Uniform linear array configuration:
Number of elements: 8
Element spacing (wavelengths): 0.25
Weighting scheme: blackman
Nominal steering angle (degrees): -30
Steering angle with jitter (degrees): -31.349
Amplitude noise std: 0.05
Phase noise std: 0.05

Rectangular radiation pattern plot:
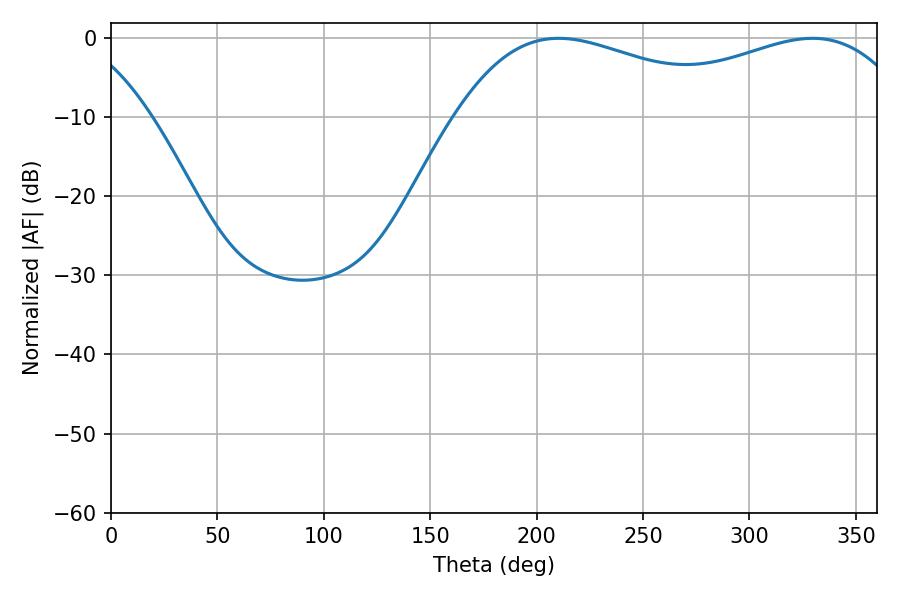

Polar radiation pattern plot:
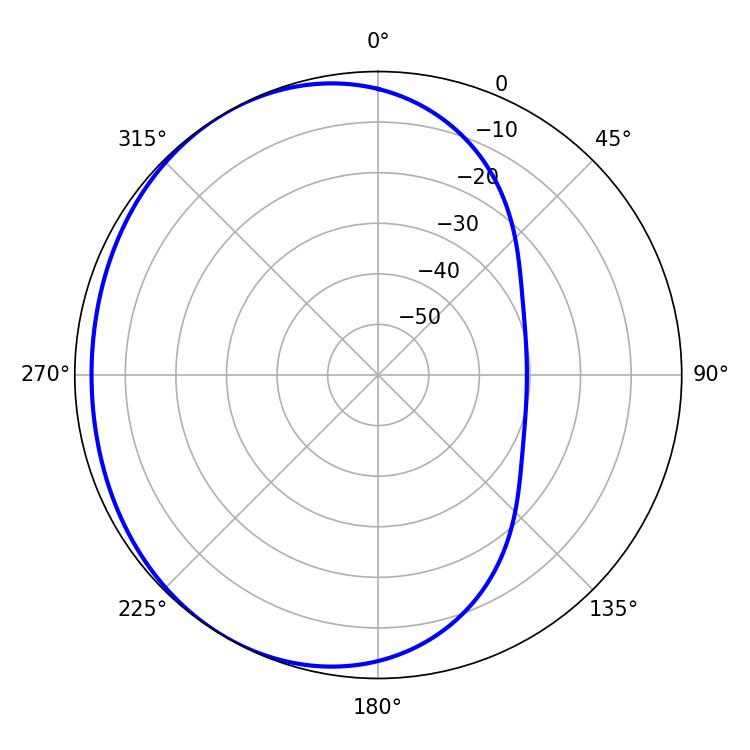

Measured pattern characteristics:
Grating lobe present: FALSE
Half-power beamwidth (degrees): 75.6
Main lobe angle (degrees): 210.42